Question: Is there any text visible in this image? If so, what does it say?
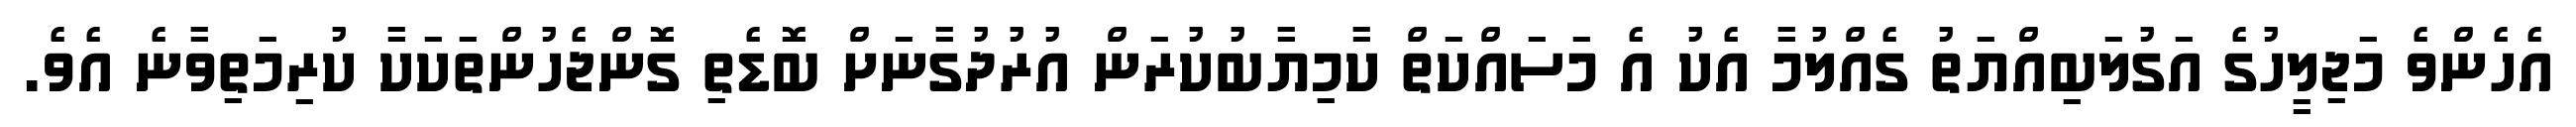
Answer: އެހެންވެ މަޖިލީހުގެ އަގުލަބިއްޔަތު ގެއްލުމާ އެކު އެ މަސައްކަތް ކާމިޔާބުކުރަން އުރުދުގާނަށް ބޮޑެތި ގޮންޖެހުންތަކަކާ ކުރިމަތިވާނެ އެވެ.